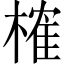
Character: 榷